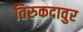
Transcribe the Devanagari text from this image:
तिरुकदावुर